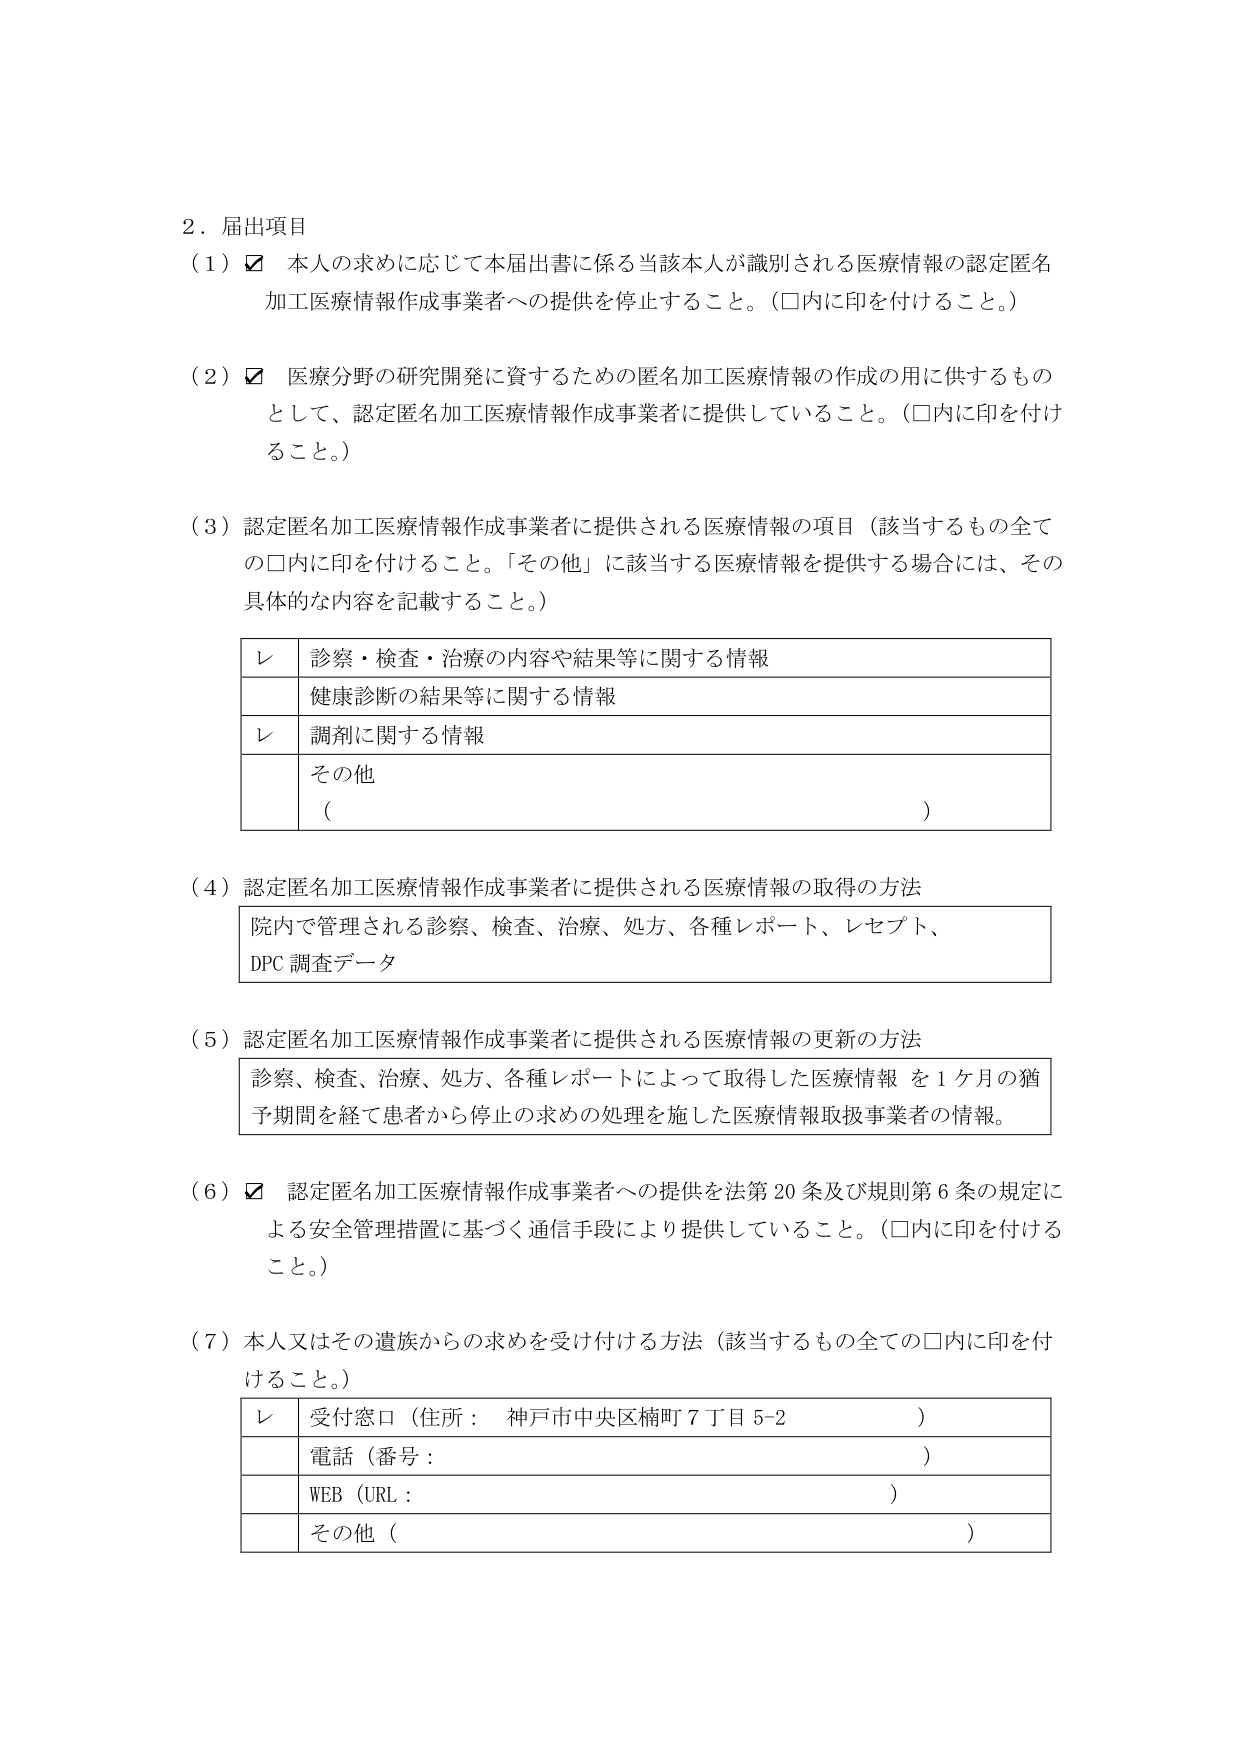
2．届出項目
（1）☑ 本人の求めに応じて本届出書に係る当該本人が識別される医療情報の認定匿名加工医療情報作成事業者への提供を停止すること。（□内に印を付けること。）
（2）☑ 医療分野の研究開発に資するための匿名加工医療情報の作成の用に供するものとして、認定匿名加工医療情報作成事業者に提供していること。（□内に印を付けること。）
（3）認定匿名加工医療情報作成事業者に提供される医療情報の項目（該当するもの全ての□内に印を付けること。「その他」に該当する医療情報を提供する場合には、その具体的な内容を記載すること。）
　　レ 診察・検査・治療の内容や結果等に関する情報
　　　健康診断の結果等に関する情報
　　レ 調剤に関する情報
　　　その他（　　　　　　　　　　　　　　　　　　　　　　　　　　　　　　　　　）
（4）認定匿名加工医療情報作成事業者に提供される医療情報の取得の方法
　　院内で管理される診察、検査、治療、処方、各種レポート、レセプト、DPC調査データ
（5）認定匿名加工医療情報作成事業者に提供される医療情報の更新の方法
　　診察、検査、治療、処方、各種レポートによって取得した医療情報を1ヶ月の猶予期間を経て患者から停止の求めの処理を施した医療情報取扱事業者の情報。
（6）☑ 認定匿名加工医療情報作成事業者への提供を法第20条及び規則第6条の規定による安全管理措置に基づく通信手段により提供していること。（□内に印を付けること。）
（7）本人又はその遺族からの求めを受け付ける方法（該当するもの全ての□内に印を付けること。）
　　レ 受付窓口（住所： 神戸市中央区楠町7丁目5-2　　　　　　　　　　　　　）
　　　電話（番号：　　　　　　　　　　　　　　　　　　　　　　　　　　　　）
　　　WEB（URL：　　　　　　　　　　　　　　　　　　　　　　　　　　　　　）
　　　その他（　　　　　　　　　　　　　　　　　　　　　　　　　　　　　　）